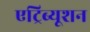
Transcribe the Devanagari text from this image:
एट्रिब्यूशन